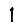
Digit: 1